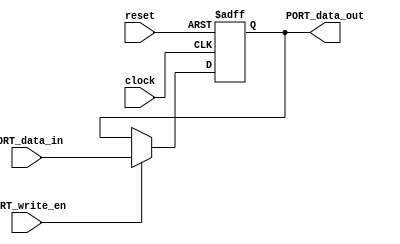
module PORT(
	input clock,
	input reset,
	// will be use to check if the pin is write-enabled, could also be a bus because DDRB is a 8-bit Port B Data Direction register
	// each will be used to indicate RW status of each pin of port B data register
	input PORT_write_en,  				 
	input [7:0]PORT_data_in,    		// data from memory, will be written to output pin 
	output reg [7:0]PORT_data_out		// portB bus 
);


always@(posedge clock or posedge reset)
begin
	if (reset) begin
		PORT_data_out <= 8'b0;
	end
	else begin
		if (PORT_write_en == 1) begin
			// route the data to those output pins if DDRB is 1 (pinMode high)
			PORT_data_out <= PORT_data_in;
		end
	end
	
end
endmodule